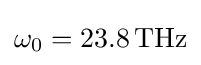
\omega _{0}=\mathrm {23.8\,THz}